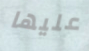
عليها